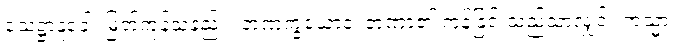
သေဋ္ဌာနူခေါ၊ မြတ်ကုန်သနည်း။ တဏှက္ခယောဝ၊ တဏှာ၏ ကုန်ခြင်းသည်သာလျှင်။ ကသ္မာ၊